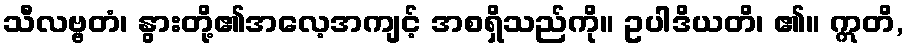
သီလဗ္ဗတံ၊ နွားတို့၏အလေ့အကျင့် အစရှိသည်ကို။ ဥပါဒိယတိ၊ ၏။ ဣတိ,